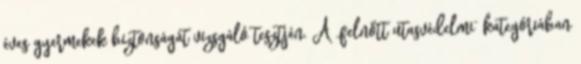
éves gyermekek biztonságát vizsgáló tesztjén. A „felnőtt utasvédelmi” kategóriában